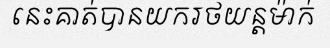
នេះគាត់បានយករថយន្តម៉ាក់